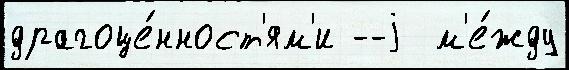
драгоце́нност'ям'и --j  м'е́жду